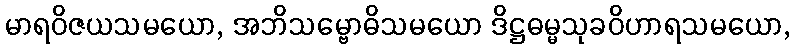
မာရဝိဇယသမယော, အဘိသမ္ဗောဓိသမယော ဒိဋ္ဌဓမ္မသုခဝိဟာရသမယော,